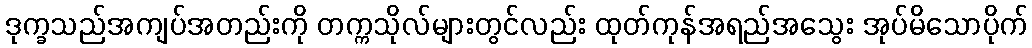
ဒုက္ခသည်အကျပ်အတည်းကို တက္ကသိုလ်များတွင်လည်း ထုတ်ကုန်အရည်အသွေး အုပ်မိသောပိုက်